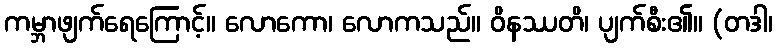
ကမ္ဘာဖျက်ရေကြောင့်။ လောကော၊ လောကသည်။ ဝိနဿတိ၊ ပျက်စီး၏။ (တဒါ၊